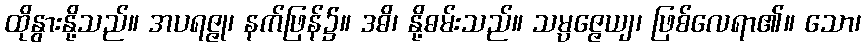
ထိုနွားနို့သည်။ အပရဇ္ဇု၊ နက်ဖြန်၌။ ဒဓိ၊ နို့ဓမ်းသည်။ သမ္ပဇ္ဇေယျ၊ ဖြစ်လေရာ၏။ သော၊